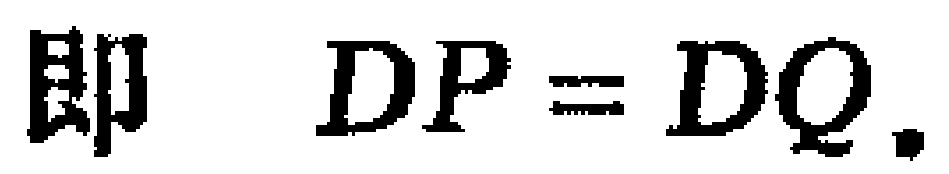
即 \(DP = DQ.\)